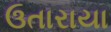
ઉતારાયા